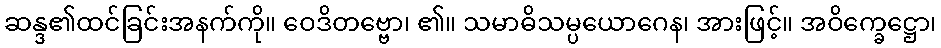
ဆန္ဒ၏ထင်ခြင်းအနက်ကို။ ဝေဒိတဗ္ဗော၊ ၏။ သမာဓိသမ္ပယောဂေန၊ အားဖြင့်။ အဝိက္ခေဋ္ဌော၊